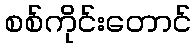
စစ်ကိုင်းတောင်